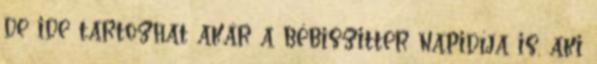
de ide tartozhat akár a bébiszitter napidíja is, aki